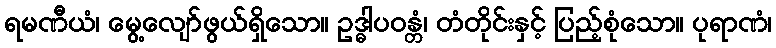
ရမဏီယံ၊ မွေ့လျော်ဖွယ်ရှိသော။ ဥဒ္ဓါပဝန္တံ၊ တံတိုင်းနှင့် ပြည့်စုံသော။ ပုရာဏံ၊